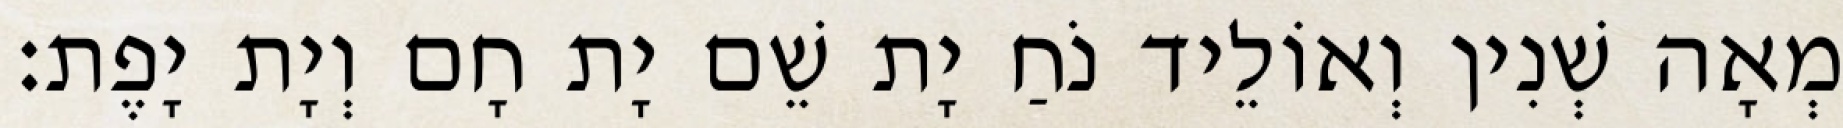
מְאָה שְׁנִין וְאוֹלֵיד נֹחַ יָת שֵׁם יָת חָם וְיָת יָפֶת׃